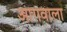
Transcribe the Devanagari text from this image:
आगवाला